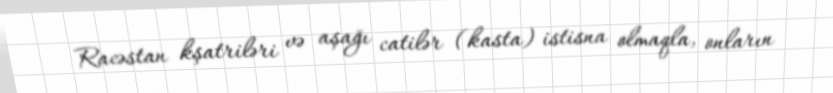
Racəstan kşatriləri və aşağı catilər (kasta) istisna olmaqla, onların